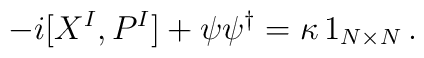
-i[X^{I},P^{I}]+\psi\psi^{\dagger}=\kappa\,1_{N\times N}\,.